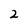
Character: 2